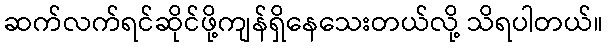
ဆက်လက်ရင်ဆိုင်ဖို့ကျန်ရှိနေသေးတယ်လို့ သိရပါတယ်။